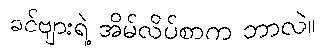
ခင်ဗျားရဲ့ အိမ်လိပ်စာက ဘာလဲ။